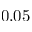
0 . 0 5